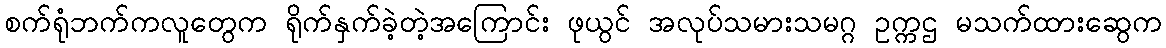
စက်ရုံဘက်ကလူတွေက ရိုက်နှက်ခဲ့တဲ့အကြောင်း ဖုယွင် အလုပ်သမားသမဂ္ဂ ဥက္ကဌ မသက်ထားဆွေက